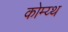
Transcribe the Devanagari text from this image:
कोम्य्थ